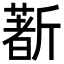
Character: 𣃈